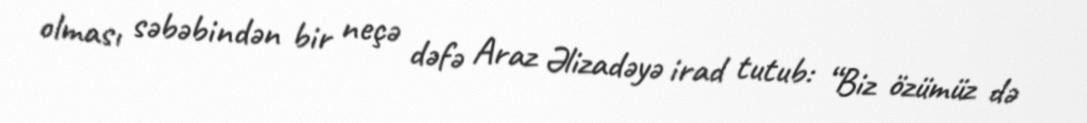
olması səbəbindən bir neçə dəfə Araz Əlizadəyə irad tutub: “Biz özümüz də